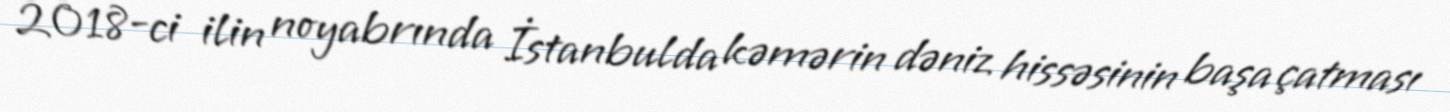
2018-ci ilin noyabrında İstanbulda kəmərin dəniz hissəsinin başa çatması